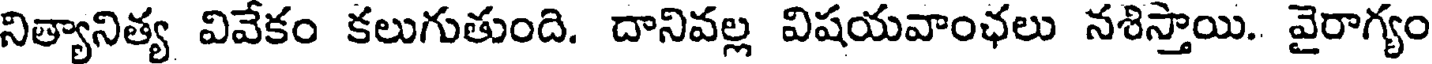
నిత్యానిత్య వివేకం కలుగుతుంది. దానివల్ల విషయవాంఛలు నశిస్తాయి. వైరాగ్యం